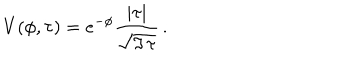
V ( \phi , \tau ) = e ^ { - \phi } { \frac { | \tau | } { \sqrt { \Im \, \tau } } } \, .